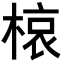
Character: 𭫊